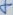
Text: 4